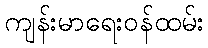
ကျန်းမာရေးဝန်ထမ်း